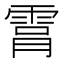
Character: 𮦑